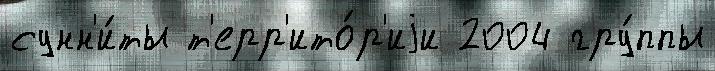
сунн'и́ты т'ерр'ито́р'иjи 2004 гру́ппы